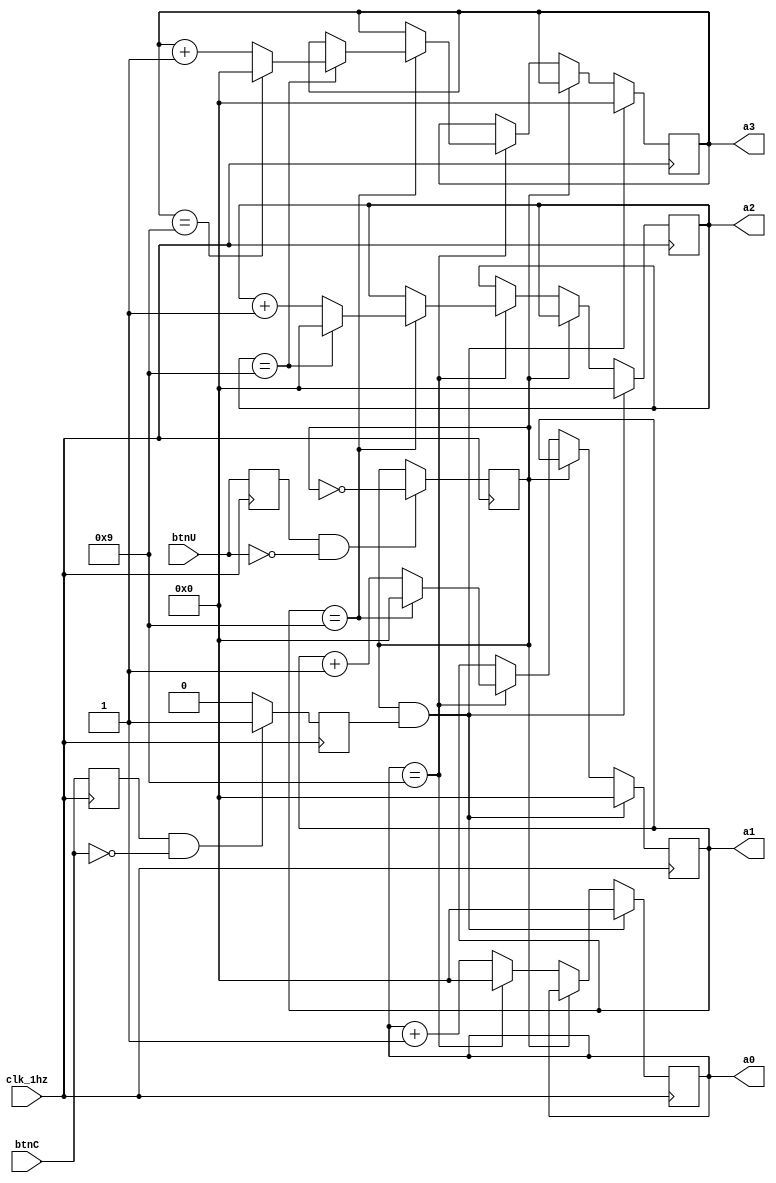
`timescale 1ns / 1ps
//////////////////////////////////////////////////////////////////////////////////
// Company: 
// Engineer: 
// 
// Design Name: 
// Module Name: zhCounter
// Project Name: 
// Target Devices: 
// Tool Versions: 
// Description: 
// 
// Dependencies: 
// 
// Revision:
// Revision 0.01 - File Created
// Additional Comments:
// 
//////////////////////////////////////////////////////////////////////////////////


module zhCounter(input btnU, //start/stop
input btnC, //reset 
input clk_1hz,  //input counter clock 
output reg [3:0] a0, //1st anode from right
output reg [3:0] a1, //2nd anode from right
output reg [3:0] a2, //3rd anode from right
output reg [3:0] a3  //4th anode from right
    );

reg btnU_ff; //btnU ff register
reg start; //
reg btnC_ff; //btnC ff register
reg reset; //reset signal

always @ (posedge clk_1hz) 
    begin
        btnU_ff <= btnU; 
        if (btnU_ff && !btnU) 
                start <= ~start; 
        btnC_ff <= btnC; 
        if (btnC_ff && !btnC) 
            reset <=1;
        else
            reset <=0; 
    end

always @(posedge clk_1hz) //counter logic
begin
     if (start == 1 && reset ==1) // when both start and reset is true, reset the anodes counter
        begin 
            a0 <= 0; 
            a1 <= 0; 
            a2 <= 0; 
            a3 <= 0; 
      end else if (start == 1)  // if only stop is true store prev value and resume count when press again        
        begin
            a0 <= a0; 
            a1 <= a1; 
            a2 <= a2; 
            a3 <= a3; 
        end else if (start != 1) //if no stop
        begin
          if(a0 == 9) 
          begin
             a0 <= 0; 
             if (a1 == 9) 
                 begin
                    a1 <= 0; 
                    if (a2 == 9) 
                        begin 
                            a2 <= 0; 
                            if(a3 == 9) 
                                a3 <= 0; 
                            else
                                a3 <= a3 + 1;
                        end else 
                            a2 <= a2 + 1;
                 end else 
                     a1 <= a1 + 1; 
          end else 
            a0 <= a0 + 1;
         end
end
    
endmodule